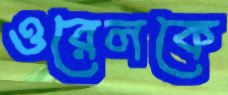
ওরেলকে